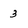
Character: 3